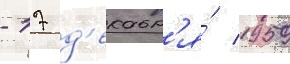
- 17 д'екабр'я́ 1959